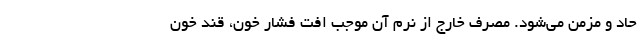
حاد و مزمن می‌شود. مصرف خارج از نرم آن موجب افت فشار خون، قند خون